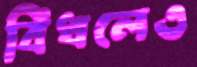
বিঁধলেও